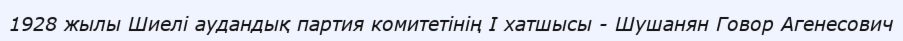
1928 жылы Шиелі аудандық партия комитетінің І хатшысы - Шушанян Говор Агенесович